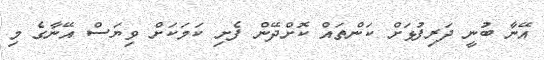
އޭނާ ބުނީ ދަރިފުޅަށް ކަންތައް ކޮށްދޭން ފެށި ކަމަކަށް ވިޔަސް އޭނާގެ މި